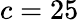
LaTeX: c=25